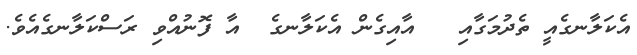
އެކަލާނގެއީ ތެދުމަގާއި   އާއިގެން އެކަލާނގެ  އާ ފޮނުއްވި ރަސްކަލާނގެއެވެ.